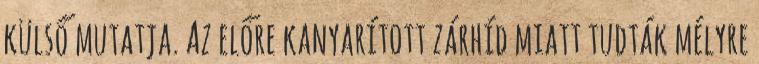
külső mutatja. Az előre kanyarított zárhíd miatt tudták mélyre